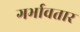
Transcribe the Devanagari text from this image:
गर्भावतार